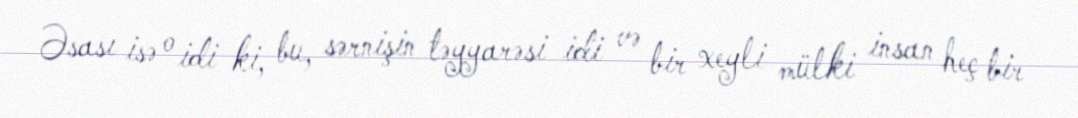
Əsası isə o idi ki, bu, sərnişin təyyarəsi idi və bir xeyli mülki insan heç bir